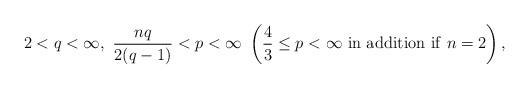
LaTeX: \begin{align*} 2<q<\infty, \ \frac{nq}{2(q-1)}<p<\infty \ \left( \frac{4}{3} \leq p<\infty \ \mathrm{in \ addition \ if} \ n=2 \right),\end{align*}